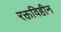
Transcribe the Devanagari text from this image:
रक्तविहीन